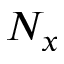
N _ { x }